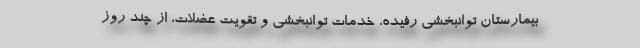
بیمارستان توانبخشی رفیده، خدمات توانبخشی و تقویت عضلات، از چند روز